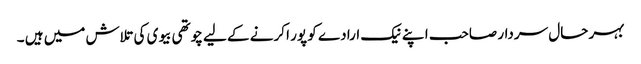
بہر حال سردار صاحب ا پنے نیک ارادے کو پور ا کرنے کے لیے چوتھی بیوی کی تلاش میں ہیں ۔